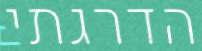
הדרגתי